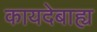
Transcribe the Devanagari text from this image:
कायदेबाह्य